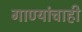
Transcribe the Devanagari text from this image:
गाण्यांचाही